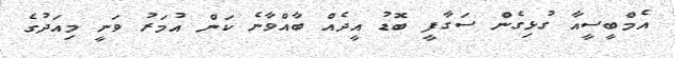
އެމްބީސީއާ ގުޅިގެން ސަގާފީ ބޮޑު އީދެއް ބާއްވާނެ ކަން އުމަރު ވަނީ މިއަދުގެ